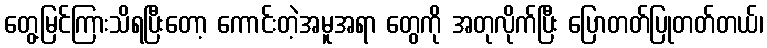
တွေ့မြင်ကြားသိရပြီးတော့ ကောင်းတဲ့အမူအရာ တွေကို အတုလိုက်ပြီး ပြောတတ်ပြုတတ်တယ်၊